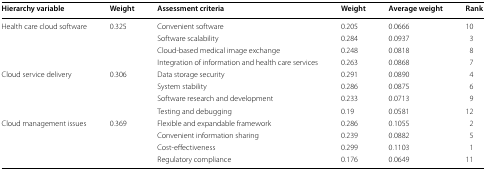
<table><thead><tr><td><b>Hierarchy variable</b></td><td><b>Weight</b></td><td><b>Assessment criteria</b></td><td><b>Weight</b></td><td><b>Average weight</b></td><td><b>Rank</b></td></tr></thead><tbody><tr><td rowspan="4">Health care cloud software</td><td rowspan="4">0.325</td><td>Convenient software</td><td>0.205</td><td>0.0666</td><td>10</td></tr><tr><td>Software scalability</td><td>0.284</td><td>0.0937</td><td>3</td></tr><tr><td>Cloud-based medical image exchange</td><td>0.248</td><td>0.0818</td><td>8</td></tr><tr><td>Integration of information and health care services</td><td>0.263</td><td>0.0868</td><td>7</td></tr><tr><td rowspan="4">Cloud service delivery</td><td rowspan="4">0.306</td><td>Data storage security</td><td>0.291</td><td>0.0890</td><td>4</td></tr><tr><td>System stability</td><td>0.286</td><td>0.0875</td><td>6</td></tr><tr><td>Software research and development</td><td>0.233</td><td>0.0713</td><td>9</td></tr><tr><td>Testing and debugging</td><td>0.19</td><td>0.0581</td><td>12</td></tr><tr><td rowspan="4">Cloud management issues</td><td rowspan="4">0.369</td><td>Flexible and expandable framework</td><td>0.286</td><td>0.1055</td><td>2</td></tr><tr><td>Convenient information sharing</td><td>0.239</td><td>0.0882</td><td>5</td></tr><tr><td>Cost-effectiveness</td><td>0.299</td><td>0.1103</td><td>1</td></tr><tr><td>Regulatory compliance</td><td>0.176</td><td>0.0649</td><td>11</td></tr></tbody></table>